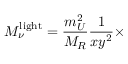
M _ { \nu } ^ { \mathrm { l i g h t } } = { \frac { m _ { U } ^ { 2 } } { M _ { R } } } { \frac { 1 } { x y ^ { 2 } } } \times